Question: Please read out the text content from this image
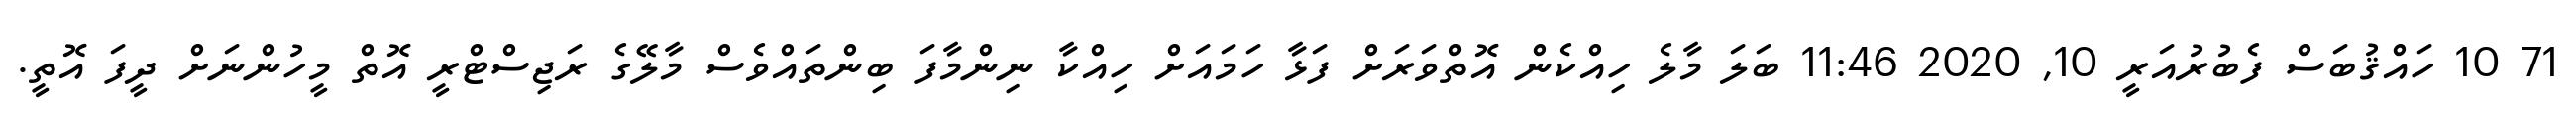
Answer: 71 10 ހައްޤުބަސް ފެބުރުއަރީ 10, 2020 11:46 ބަލަ މާލެ ހިއްކެން އޮތްވަރަށް ފަޅާ ހަމައަށް ހިއްކާ ނިންމާފަ ބިންތައްވެސް މާލޭގެ ރަޖިސްޓްރީ އޮތް މީހުންނަށް ދީފަ އޮތީ.